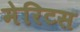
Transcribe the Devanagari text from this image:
मेरिटस